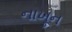
નાખૂન